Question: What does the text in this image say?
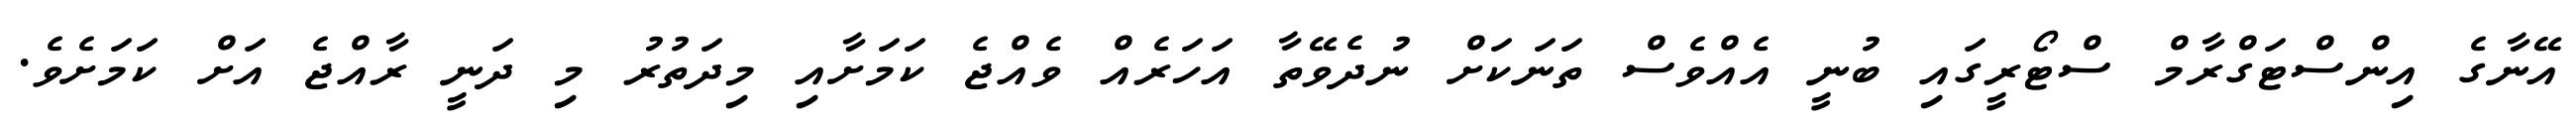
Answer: އޭނާގެ އިންސްޓަގްރާމް ސްޓޯރީގައި ބުނީ އެއްވެސް ތަނަކަށް ނުދެވޭތާ އަހަރެއް ވެއްޖެ ކަމަށާއި މިދަތުރު މި ދަނީ ރާއްޖެ އަށް ކަމަށެވެ.